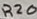
Text: R20